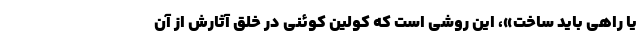
یا راهی باید ساخت»، این روشی است که کولین کوئنی در خلقِ آثارش از آن